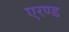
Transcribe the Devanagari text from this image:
एरण्ड